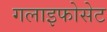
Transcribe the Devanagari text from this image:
गलाइफोसेट